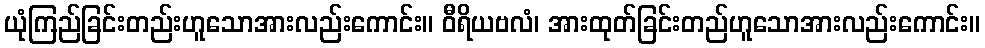
ယုံကြည်ခြင်းတည်းဟူသောအားလည်းကောင်း။ ဝီရိယဗလံ၊ အားထုတ်ခြင်းတည်ဟူသောအားလည်းကောင်း။